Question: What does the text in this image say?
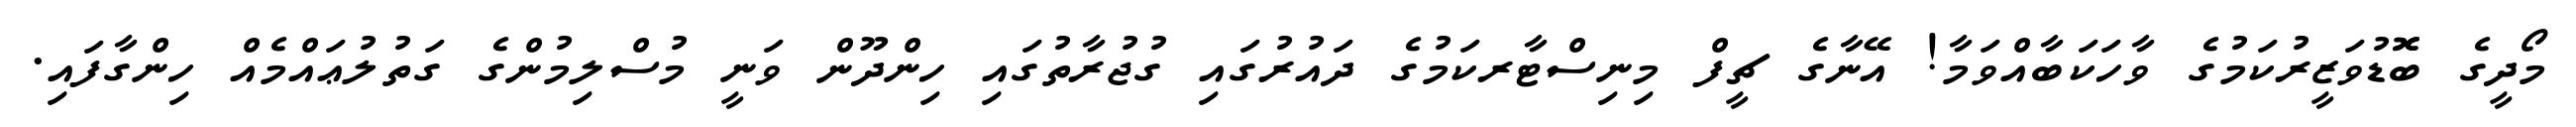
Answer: މޯދީގެ ބޮޮޑުވަޒީރުކަމުގެ ވާހަކަބާއްވަމާ! އޭނާގެ ޗީފް މިނިސްޓާރކަމުގެ ދައުރުގައި ގުޖުރާތުގައި ހިންދޫން ވަނީ މުސްލިމުންގެ ގަތުލުޢައްމެއް ހިންގާފައި.